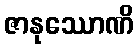
ဇာနုဿောဏိ